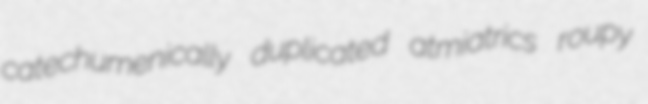
catechumenically duplicated atmiatrics roupy